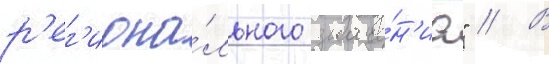
р'ег'иона́льного значе́н'иа" // В